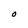
Character: O